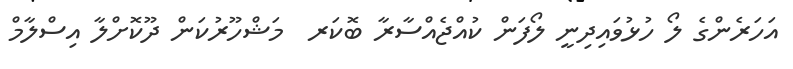
އަހަރެންގެ ލޯ ހުޅުވައިދިނީ ލޯފަން ކުއްޖެއްސާރާ ބޮކަރ  މަޝްހޫރުކަން ދޫކޮށްލާ އިސްލާމް